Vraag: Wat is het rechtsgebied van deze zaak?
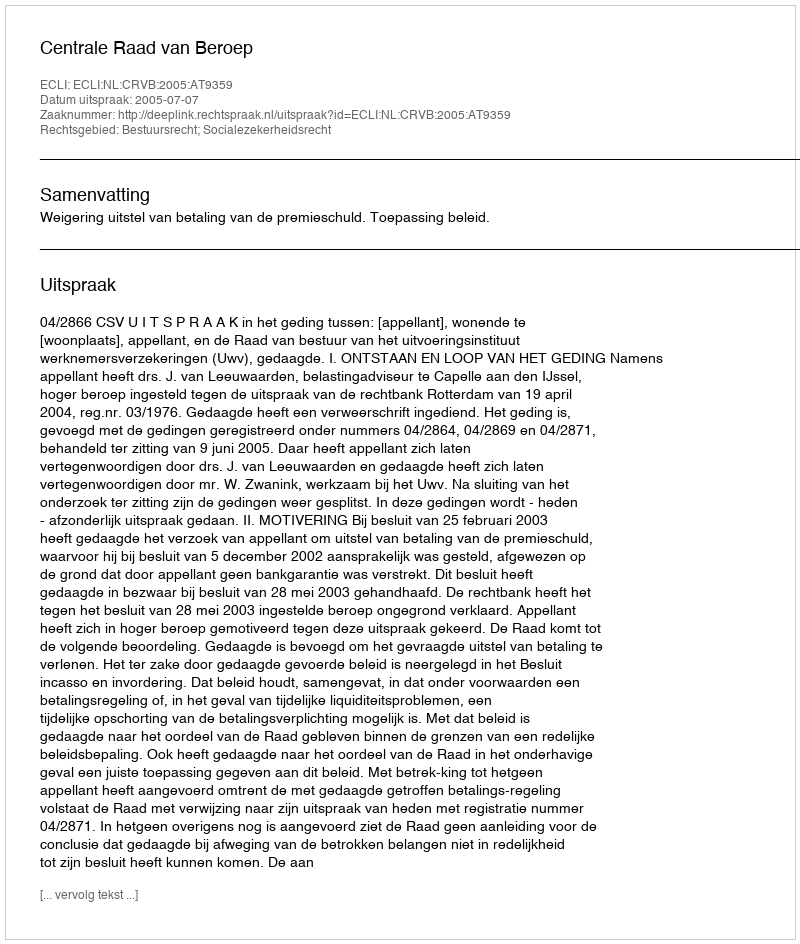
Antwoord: Bestuursrecht; Socialezekerheidsrecht